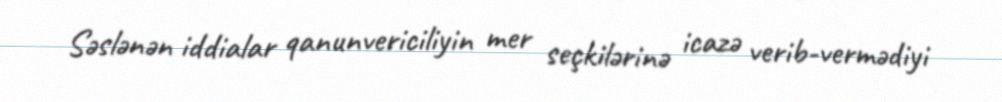
Səslənən iddialar qanunvericiliyin mer seçkilərinə icazə verib-vermədiyi